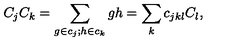
C _ { j } C _ { k } = \sum _ { g \in c _ { j } ; h \in c _ { k } } g h = \sum _ { k } c _ { j k l } C _ { l } ,